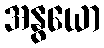
အနွယော